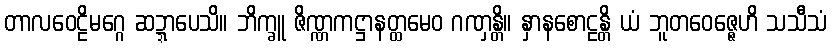
တာလဝေဠိမဂ္ဂေ ဆဍ္ဍာပေသိ။ ဘိက္ခူ ဇိဏ္ဏကဋ္ဌာနတ္ထမေဝ ဂဏှန္တိ။ နှာနစောဠန္တိ ယံ ဘူတဝေဇ္ဇေဟိ သသီသံ